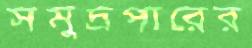
সমুদ্রপারের